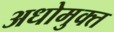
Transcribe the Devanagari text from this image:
अधोमुक्त